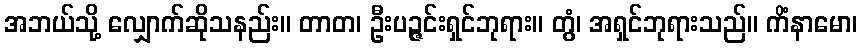
အဘယ်သို့ လျှောက်ဆိုသနည်း။ တာတ၊ ဦးပဉ္ဇင်းရှင်ဘုရား။ တွံ၊ အရှင်ဘုရားသည်။ ကိံနာမော၊